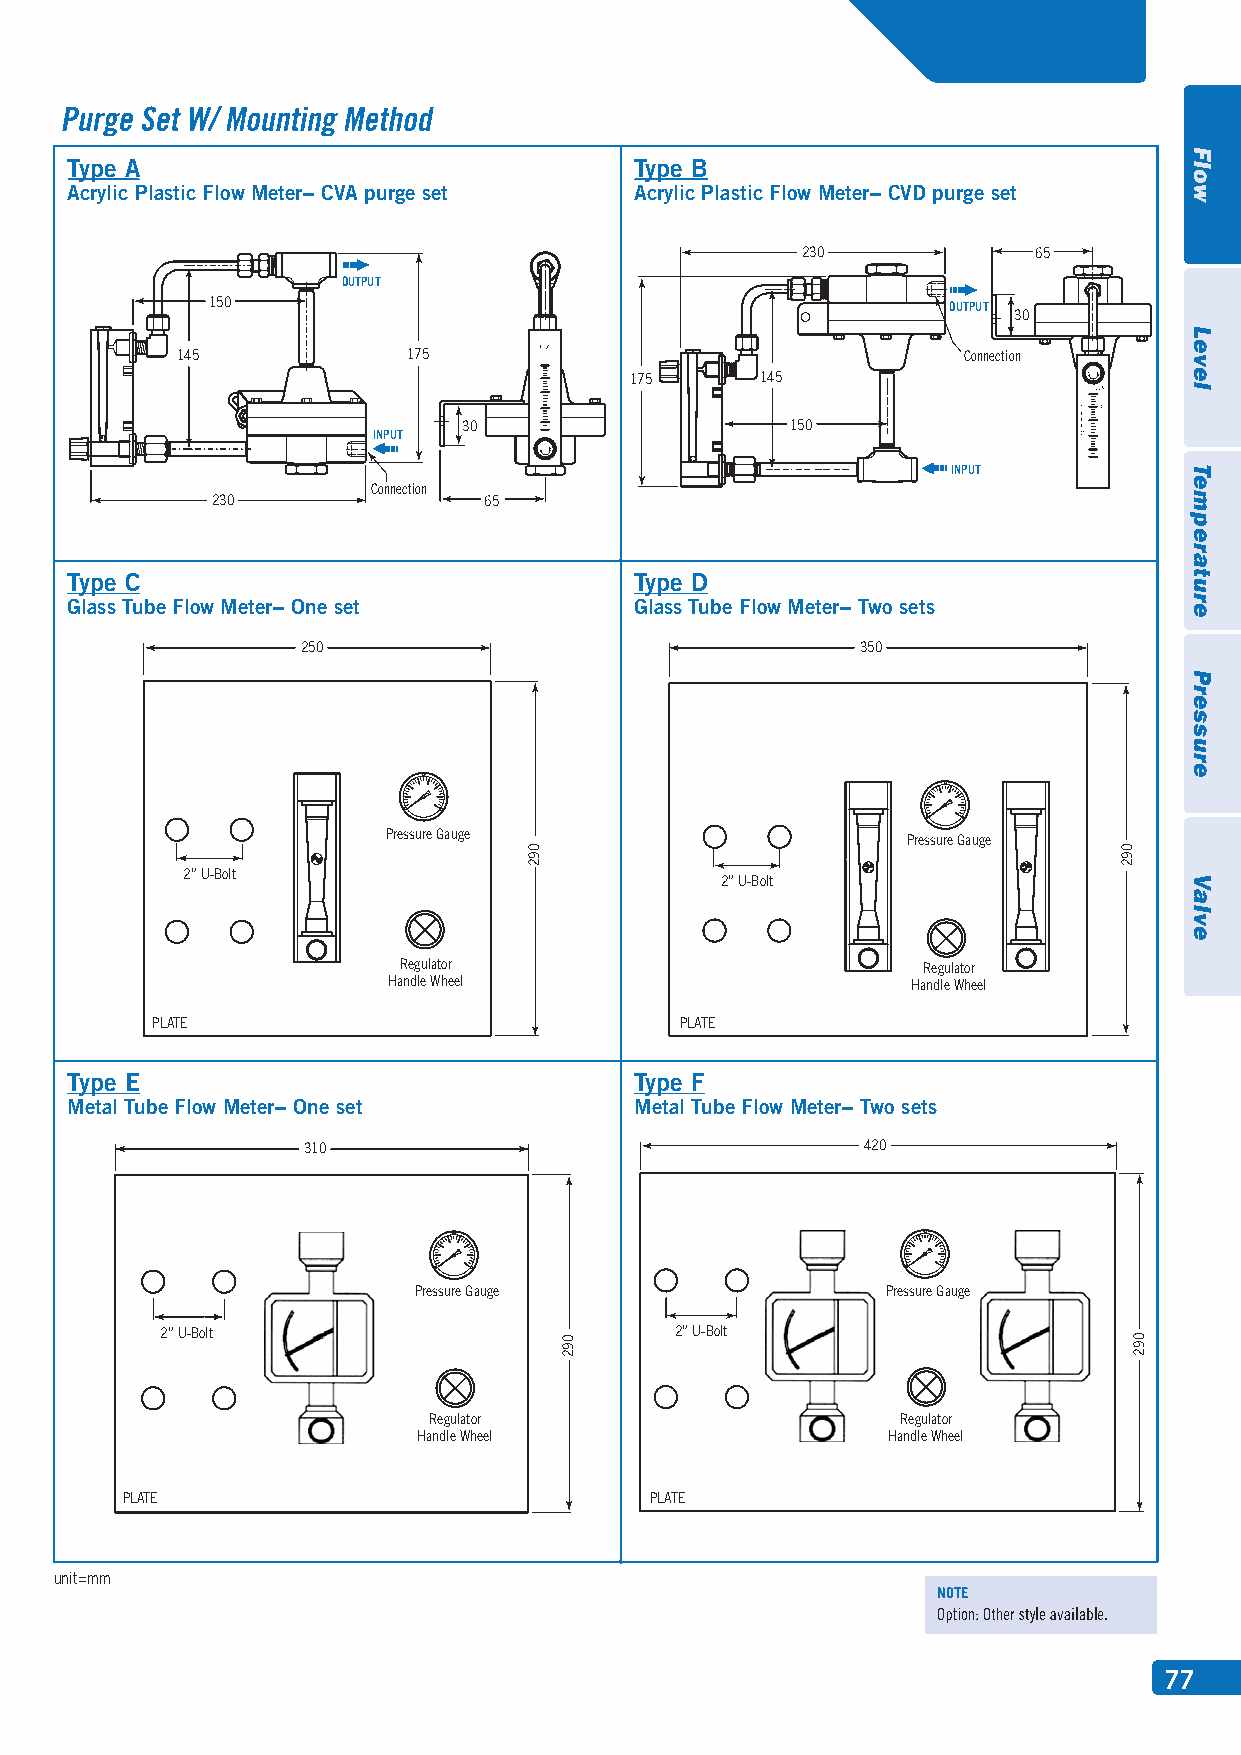
Type A                                Type B
 Acrylic Plastic Flow Meter− CVA purge set Acrylic Plastic Flow Meter− CVD purge set
 230            65
 OUTPUT
 150                                              OUTPUT
 30
 145            175                                  Connection
 175     145
 30                   150
 INPUT
 INPUT
 Connection
 230               65
 Type C                                Type D
 Glass Tube Flow Meter− One set        Glass Tube Flow Meter− Two sets
 250                                  350
 Pressure Gauge
 Pressure Gauge
 2” U-Bolt
 2” U-Bolt
 Regulator                          Regulator
 Handle Wheel                      Handle Wheel
 PLATE                              PLATE
 Type E                                Type F
 Metal Tube Flow Meter− One set        Metal Tube Flow Meter− Two sets
 310                                  420
 Pressure Gauge                  Pressure Gauge
 2” U-Bolt                         2” U-Bolt
 Regulator                       Regulator
 Handle Wheel                   Handle Wheel
 PLATE                              PLATE
 unit=mm
 77
 092
 092
 092
 092
 Flow
 Level
 Temperature
 Pressure
 Valve